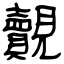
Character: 覿